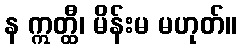
န ဣတ္ထီ၊ မိန်းမ မဟုတ်။